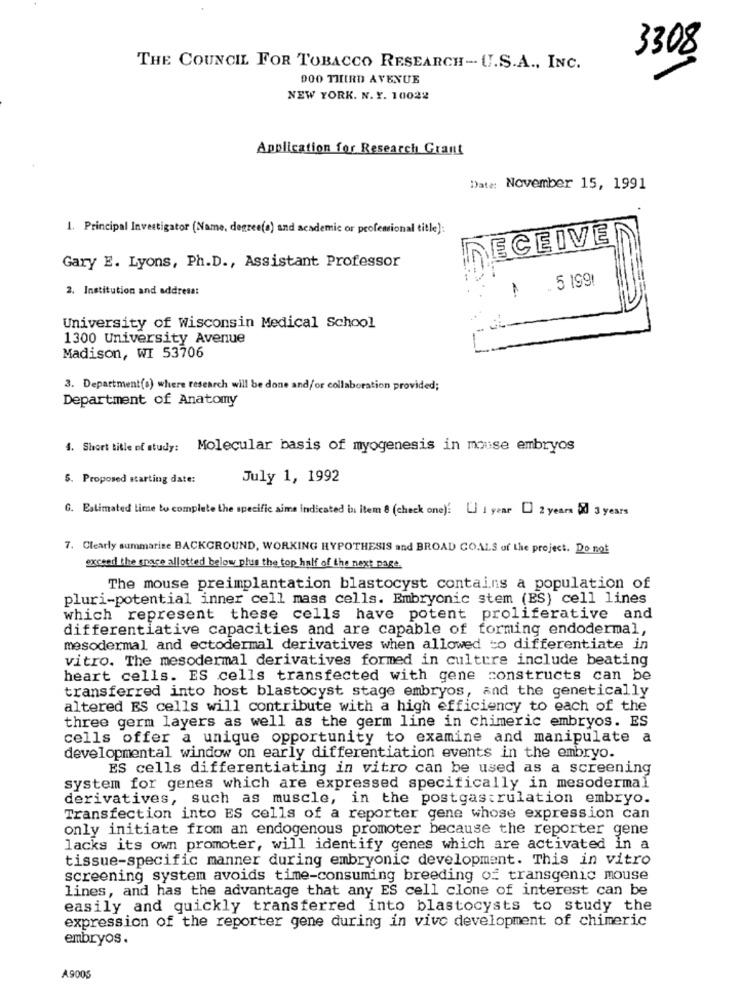
3308
THE COUNCIL FOR TOBACCO RESEARCH- U.S.A ., INC.
DOO THIRD AVENUE
NEW YORK. N. Y. 10022
Application for Research Grant
Date: November 15, 1991
1. Principal Investigator (Name, degree(o) and academic or professional title]:
DECEIVE
Gary E. Lyons, Ph.D ., Assistant Professor
.. 5 199!
2. Institution and address:
1
University of Wisconsin Medical School
1300 University Avenue
Madison, WI 53706
3. Department(s) where research will be done and/or collaboration provided;
Department of Anatomy
4. Short title of study: Molecular basis of myogenesis in mouse embryos
5. Proposed starting date:
July 1, 1992
G. Estimated time to complete the specific aime indicated in item 8 (check one)! Li 1 year [] 2 years 5d 3 years
7. Clearly summarize BACKGROUND, WORKING HYPOTHESIS and BROAD GOALS of the project. Do not
exceed the space allotted below plus the top half of the next page.
The mouse preimplantation blastocyst contains a population of
pluri-potential inner cell mass cells. Embryonic stem (ES) cell lines
which represent these cells have potent proliferative and
differentiative capacities and are capable of forming endodermal,
mesodermal and ectodermal derivatives when allowed to differentiate in
vitro. The mesodermal derivatives formed in culture include beating
heart cells. ES cells transfected with gene constructs can be
transferred into host blastocyst stage embryos, and the genetically
altered ES cells will contribute with a high efficiency to each of the
three germ layers as well as the germ line in chimeric embryos. ES
cells offer a unique opportunity to examine and manipulate a
developmental window on early differentiation events in the embryo.
ES cells differentiating in vitro can be used as a screening
system for genes which are expressed specifically in mesodermal
derivatives, such as muscle, in the postgastrulation embryo.
Transfection into ES cells of a reporter gene whose expression can
only initiate from an endogenous promoter because the reporter gene
lacks its own promoter, will identify genes which are activated in a
tissue-specific manner during embryonic development. This in vitro
screening system avoids time-consuming breeding of transgenic mouse
lines, and has the advantage that any ES cell clone of interest can be
easily and quickly transferred into blastocysts to study the
expression of the reporter gene during in vivo development of chimeric
embryos.
A9005